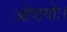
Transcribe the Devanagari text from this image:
ओष्ठयोः।